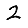
Digit: 2